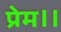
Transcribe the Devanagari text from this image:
प्रेम।।